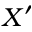
X ^ { \prime }